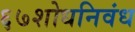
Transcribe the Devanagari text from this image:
६७शोधनिवंध